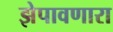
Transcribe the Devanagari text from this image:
झेपावणारा